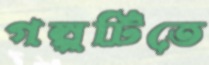
গল্পটিতে